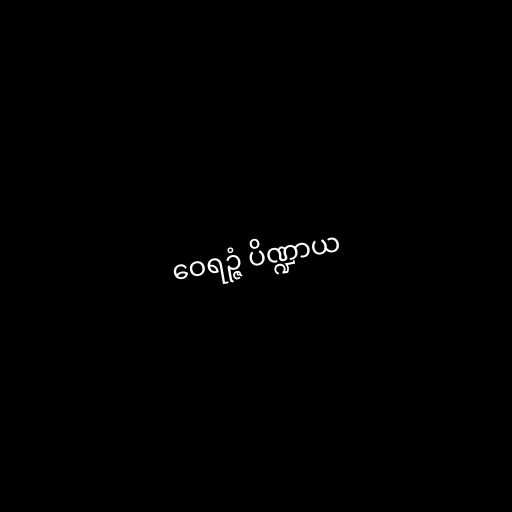
ဝေရဉ္ဇံ ပိဏ္ဍာယ